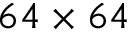
6 4 \times 6 4